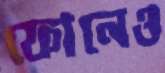
ফোনেও